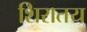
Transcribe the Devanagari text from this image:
शिरातय